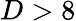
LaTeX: D>8